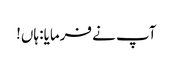
آپ نے فرمایا: ہاں!